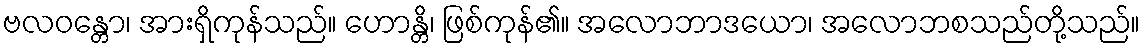
ဗလဝန္တော၊ အားရှိကုန်သည်။ ဟောန္တိ၊ ဖြစ်ကုန်၏။ အလောဘာဒယော၊ အလောဘစသည်တို့သည်။